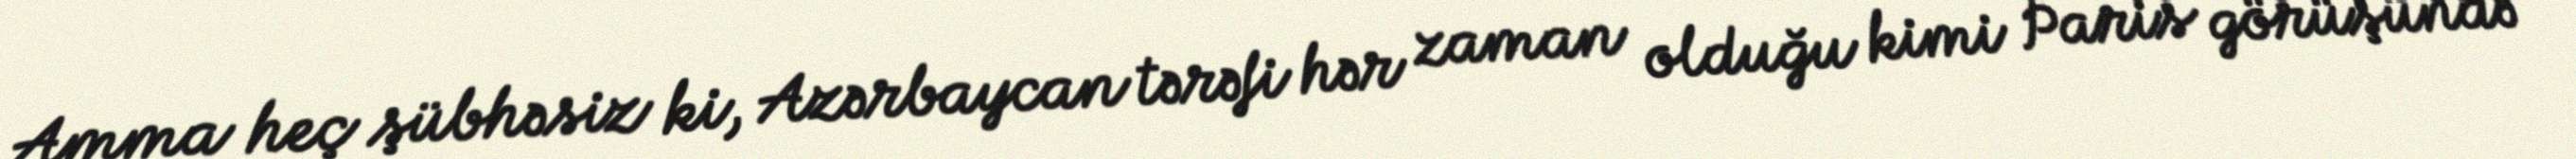
Amma heç şübhəsiz ki, Azərbaycan tərəfi hər zaman olduğu kimi Paris görüşündə